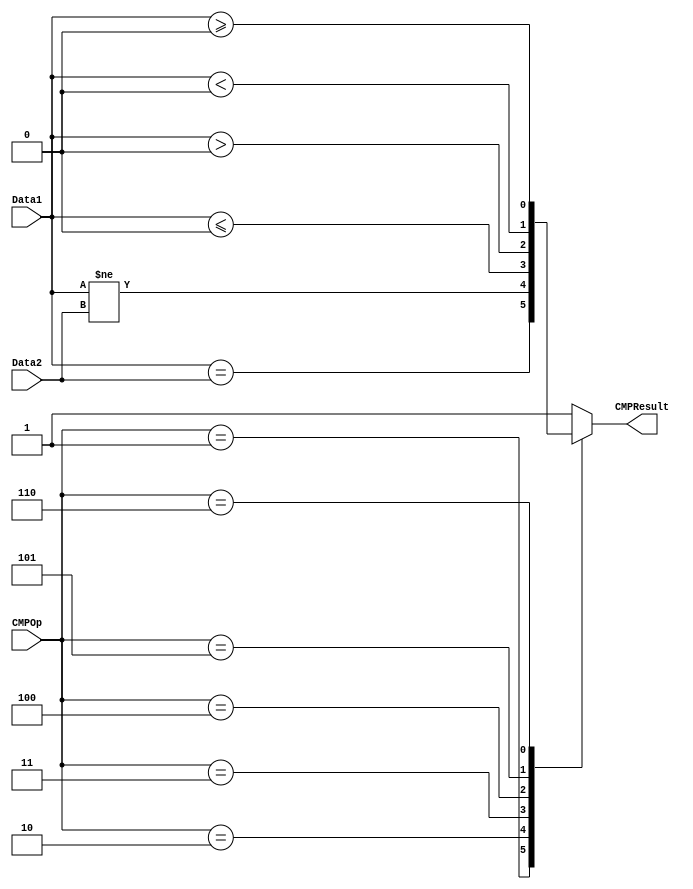
`timescale 1ns / 1ps


module cmp(
	input [31:0] Data1,
	input [31:0] Data2,
	input [2:0] CMPOp,
	output CMPResult
    );

	reg result;
	assign CMPResult = result;
	
	always @ (*) begin
		case (CMPOp) 
			3'b000 : result = 1'b1;
			3'b001 : result = Data1 == Data2;
			3'b010 : result = Data1 != Data2;
			3'b011 : result = $signed(Data1) <= 0;
			3'b100 : result = $signed(Data1) > 0;
			3'b101 : result = $signed(Data1) < 0;
			3'b110 : result = $signed(Data1) >= 0;
			default : result = 1'b1;
		endcase
	end

endmodule